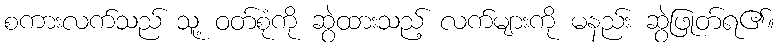
စကားလက်သည် သူ့ ဝတ်စုံကို ဆွဲထားသည့် လက်များကို မနည်း ဆွဲဖြုတ်ရ၏။